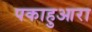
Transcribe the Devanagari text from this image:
पकाहुआरा